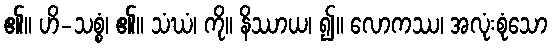
၏။ ဟိ-သစ္စံ၊ ၏။ သံဃံ၊ ကို။ နိဿာယ၊ ၍။ လောကဿ၊ အလုံးစုံသော